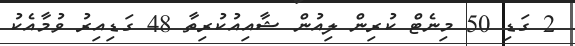
2 ގަޑި 50 މިނެޓް ކުރިން ލިއުން ޝާއިއުކުރިތާ 48 ގަޑިއިރު ވުމާއެކު